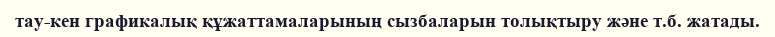
тау-кен графикалық құжаттамаларының сызбаларын толықтыру және т.б. жатады.